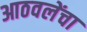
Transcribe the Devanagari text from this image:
आठवलेंचा